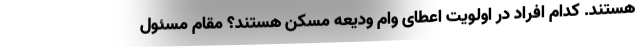
هستند. کدام‌ افراد در اولویت اعطای وام ودیعه مسکن هستند؟ مقام مسئول